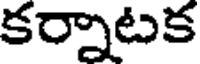
కర్నాటక